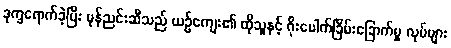
ဒုက္ခရောက်ခဲ့ပြီး မုန်ညင်းဆီသည် ယဉ်ကျေး၏ ထိုသူနှင့် ဂိုးပေါက်ခြိမ်းခြောက်မှု လုပ်များ